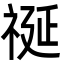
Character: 𮁺